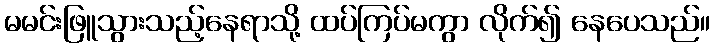
မမင်းဖြူသွားသည့်နေရာသို့ ထပ်ကြပ်မကွာ လိုက်၍ နေပေသည်။